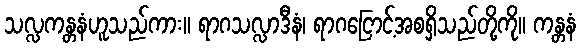
သလ္လကန္တနံဟူသည်ကား။ ရာဂသလ္လာဒီနံ၊ ရာဂငြောင့်အစရှိသည်တို့ကို။ ကန္တနံ